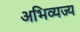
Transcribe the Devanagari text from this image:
अभिव्यज्य